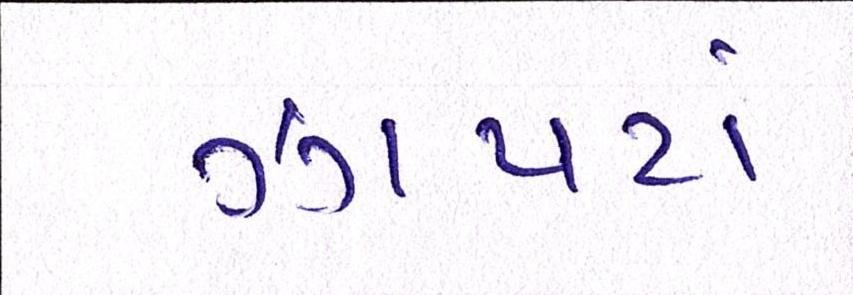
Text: ઝાપટાં